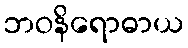
ဘဝနိရောဓာယ